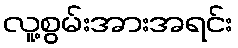
လူ့စွမ်းအားအရင်း